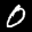
Label: 0